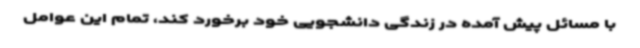
با مسائل پیش‌ آمده در زندگی دانشجویی خود برخورد کند، تمام این عوامل